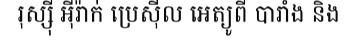
រុស្ស៊ី អ៊ីរ៉ាក់ ប្រេស៊ីល អេត្យូពី បារាំង និង